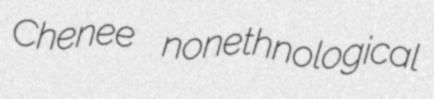
Chenee nonethnological